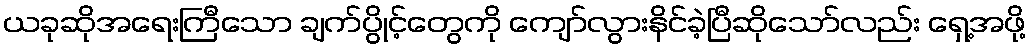
ယခုဆိုအရေးကြီသော ချက်ပွိုင့်တွေကို ကျော်လွားနိင်ခဲ့ပြီဆိုသော်လည်း ရှေ့အဖို့